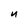
Character: n